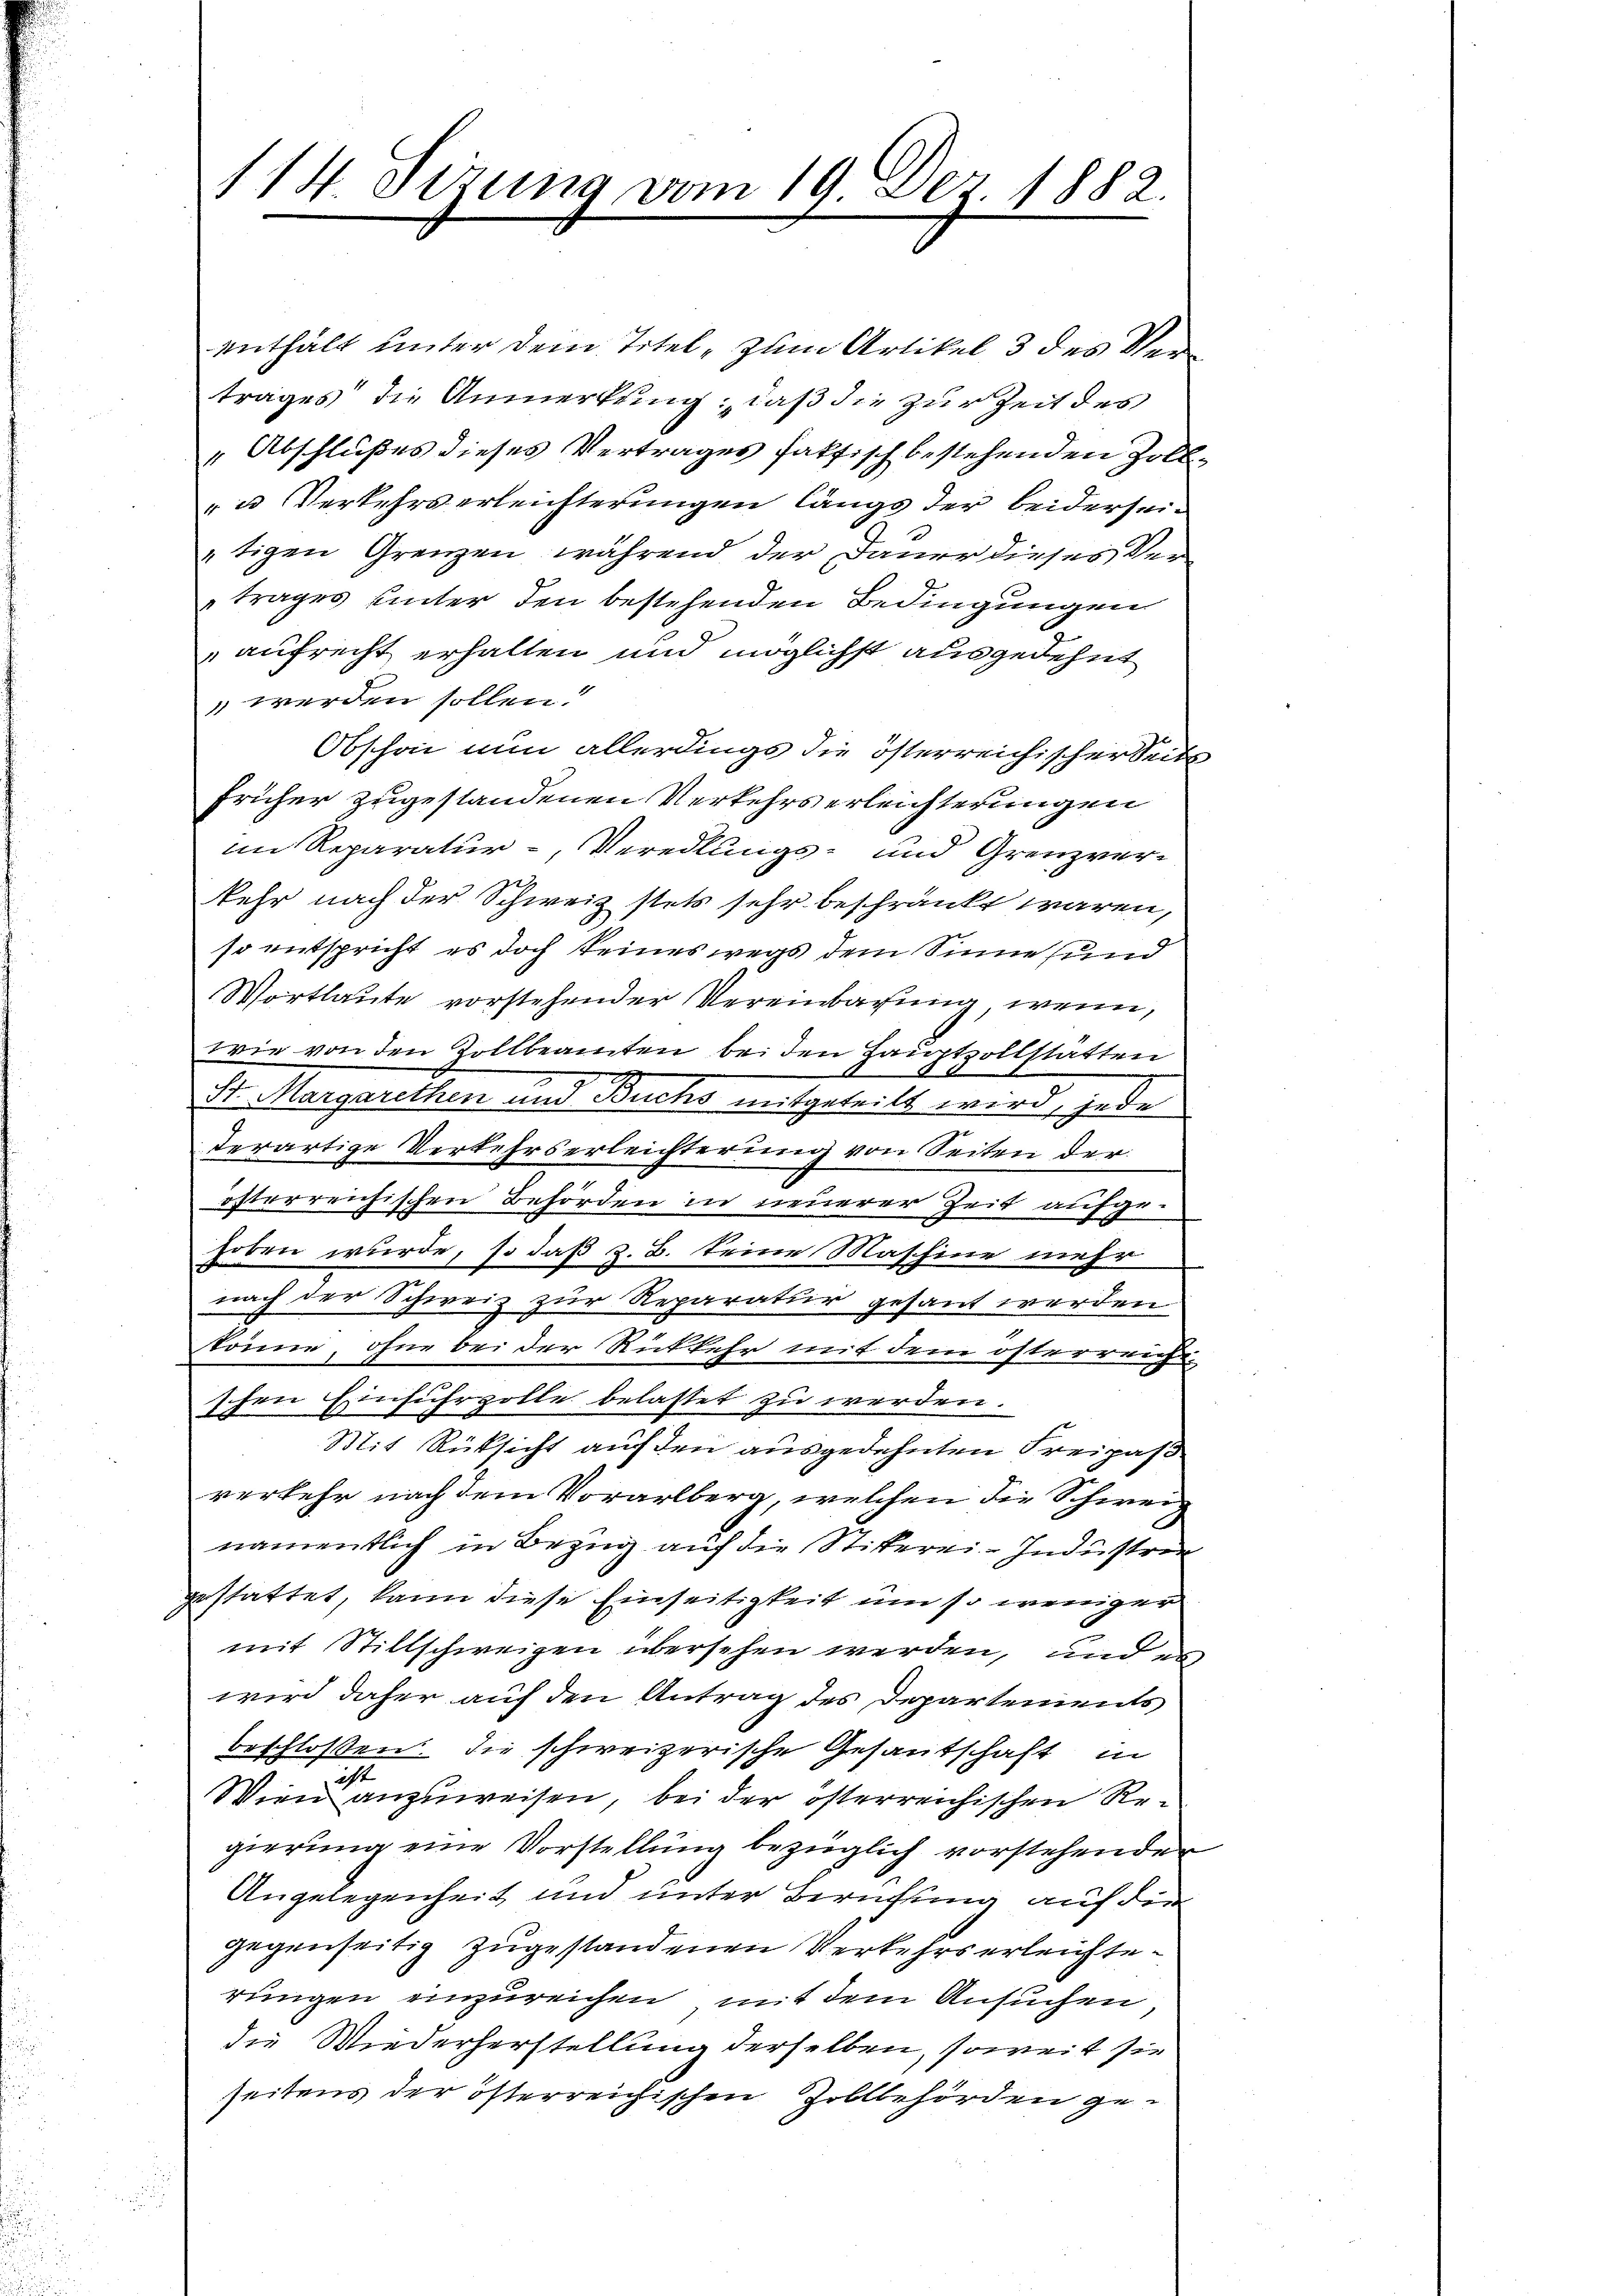
114. Tizung vom 19. Der 1882.

enthält unter dem Titel, zum Artikel 3 des Vertrages die Anmerkung, daß die zur Zeit des
"Abschlußes dieses Vertrages faktisch bestehenden Zoll¬
u Verkehrserleichterungen längs der beiderseitigen Grenzen, während der Dauer dieses Vertrages unter den bestehenden Bedingungen
aufrecht erhalten und möglichst ausgedehnt
werden sollen:
Obschon nun allerdings die österreichischer Seits
früher zugestandenen Verkehrs erleichterungen
im Reparatur-Veredlungs- und Grenzverkehr nach der Schweiz stets sehr beschränkt waren,
so entspricht es doch keineswegs dem Sinne und
Wortlaute vorstehender Vereinbarung, wenn,
wie von den Zollbeamten bei den Hauptzollstatten
St. Margarethen und Buchs mitgeteilt wird, jedes
terartige Verkehrserleichterung von Seiten der
österreichischen Behörden in neuerer Zeit aufgehoben wurde, so daß z. B. keine Maschine mehr
nach der Schweiz zur Reparatur gesant werden
könne, ohne bei der Rückkehr mit dem österreiche
schen Einfuhrzolle belastet zu werden.
Mit Rüksicht auf den ausgedehnten Freipaß.
verkehr nach dem Vorarlberg, welchen die Schweiz
namentlich in Bezug auf die Stiterei-Industrie
gestattet, kann diese Einseitigkeit um so weniger
mit Stillschweigen übersehen werden, und es
wird daher auf den Antrag des Departements
beschlossen die schweizerische Gesantschaft in
ist
Wien anzuweisen, bei der österreichischen Regierung eine Vorstellung bezüglich vorstehender
Angelegenheit und unter Berufung auf der
gegenseitig zugestandenen Verkehrserleichterungen einzureichen mit dem Ansuchen
die Wiederherstellung derselben, soweit sie
seitens der österreichischen Zollbehörden ge¬